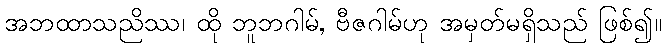
အဘထာသညိဿ၊ ထို ဘူဘဂါမ်, ဗီဇဂါမ်ဟု အမှတ်မရှိသည် ဖြစ်၍။